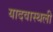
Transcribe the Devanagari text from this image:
यादवास्थली